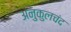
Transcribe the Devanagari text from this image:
अनुकुलचंद